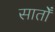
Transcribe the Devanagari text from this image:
सातोँ